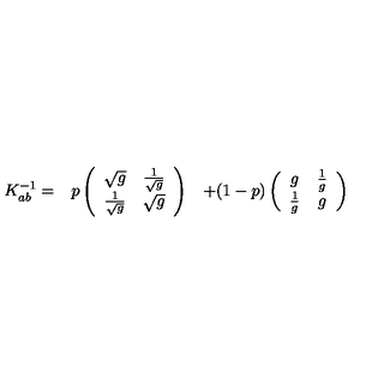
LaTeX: \begin{array} { c c c } { K _ { a b } ^ { - 1 } = } & { p \left( \begin{array} { c c } { \sqrt { g } } & { { \frac { 1 } { \sqrt { g } } } } \\ { { \frac { 1 } { \sqrt { g } } } } & { \sqrt { g } } \\ \end{array} \right) } & { + ( 1 - p ) \left( \begin{array} { c c } { g } & { { \frac { 1 } { g } } } \\ { { \frac { 1 } { g } } } & { g } \\ \end{array} \right) } \\ \end{array}